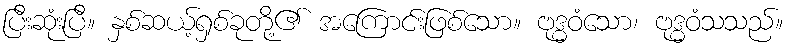
ပြီးဆုံးပြီ။ နှစ်ဆယ့်ရှစ်ခုတို့၏ အကြောင်းဖြစ်သော။ ဗုဒ္ဓဝံသော၊ ဗုဒ္ဓဝံသသည်။